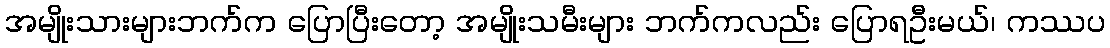
အမျိုးသားများဘက်က ပြောပြီးတော့ အမျိုးသမီးများ ဘက်ကလည်း ပြောရဦးမယ်၊ ကဿပ